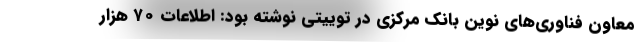
معاون فناوری‌های نوین بانک مرکزی در توییتی نوشته بود: اطلاعات ۷۰ هزار